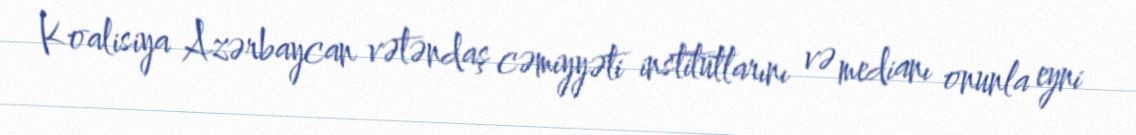
Koalisiya Azərbaycan vətəndaş cəmiyyəti institutlarını və medianı onunla eyni